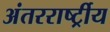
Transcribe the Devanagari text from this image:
अंतररार्ष्ट्रीय